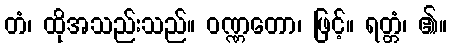
တံ၊ ထိုအသည်းသည်။ ဝဏ္ဏတော၊ ဖြင့်။ ရတ္တံ၊ ၏။